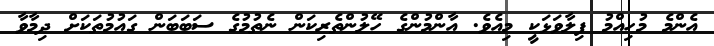
އެންމެ މުހިއްމު ފިލާވަޅަކީ މިއެވެ. އާންމުންގެ ހޭލުންތެރިކަން ނެތުމުގެ ސަބަބަން ގައުމުތަކަށް ދިމާވާ